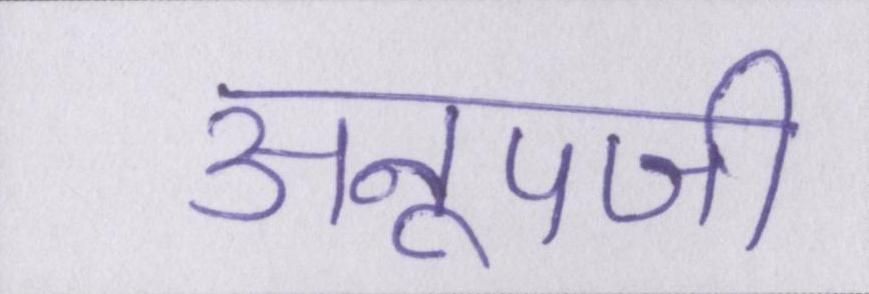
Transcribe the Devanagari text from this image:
अनूपजी